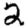
Digit: 2